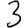
Digit: 3